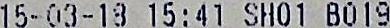
15-03-18 15:41 SH01 B019